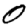
Digit: 0